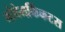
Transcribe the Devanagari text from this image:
नोवेमकिंकटस